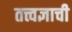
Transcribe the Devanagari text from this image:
तत्त्वज्ञाची